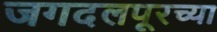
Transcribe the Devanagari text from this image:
जगदलपूरच्या